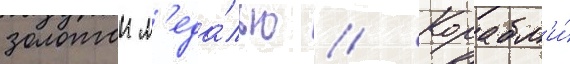
золотои м'еда́лью // Корабл'и́